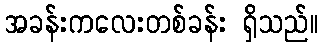
အခန်းကလေးတစ်ခန်း ရှိသည်။